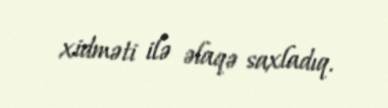
xidməti ilə əlaqə saxladıq.